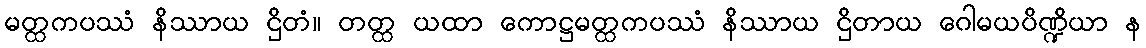
မတ္ထကပဿံ နိဿာယ ဌိတံ။ တတ္ထ ယထာ ကောဋ္ဌမတ္ထကပဿံ နိဿာယ ဌိတာယ ဂေါမယပိဏ္ဍိယာ န